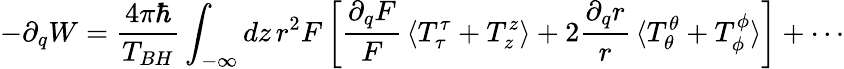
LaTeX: -\partial_{q}W=\frac{4\pi\hbar}{T_{BH}}\int_{-\infty}dz\, r^{2}F\, \biggl[\frac{\partial_{q}F}{F}\, \langle T_{\tau}^{\tau}+T_{z}^{z}\rangle+2\frac{\partial_{q}r}{r}\, \langle T_{\theta}^{\theta}+T_{\phi}^{\phi}\rangle\biggr]+\cdots